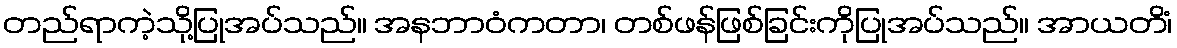
တည်ရာကဲ့သို့ပြုအပ်သည်။ အနဘာဝံကတာ၊ တစ်ဖန်ဖြစ်ခြင်းကိုပြုအပ်သည်။ အာယတိံ၊